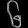
Digit: ၆